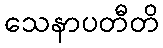
သေနာပတီတိ